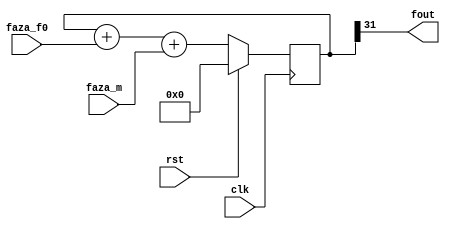
//-----------------------------------------------------------------------------
//
// Title       : dds_fm
// Design      : list1
// Company     : nasa
//
//-----------------------------------------------------------------------------
//
// Generated   : Mon Oct 15 08:56:52 2018
// From        : interface description file
// By          : Itf2Vhdl ver. 1.22
//
//-----------------------------------------------------------------------------
//
// Description : 
//
//-----------------------------------------------------------------------------
`timescale 1 ns / 1 ps

//{{ Section below this comment is automatically maintained
//   and may be overwritten
//{module {dds_fm}}
module dds_fm (
	output wire fout,
	input wire clk,
	input wire signed [31:0] faza_m,
	input wire signed [31:0] faza_f0,
	input wire rst
);

reg signed [31:0] Accum=0;

always @(posedge clk)
	if (rst)
		Accum<=0;
	else
		begin
			Accum<=Accum+faza_f0+faza_m;	
		end
		
	assign 	fout=Accum[31];

endmodule